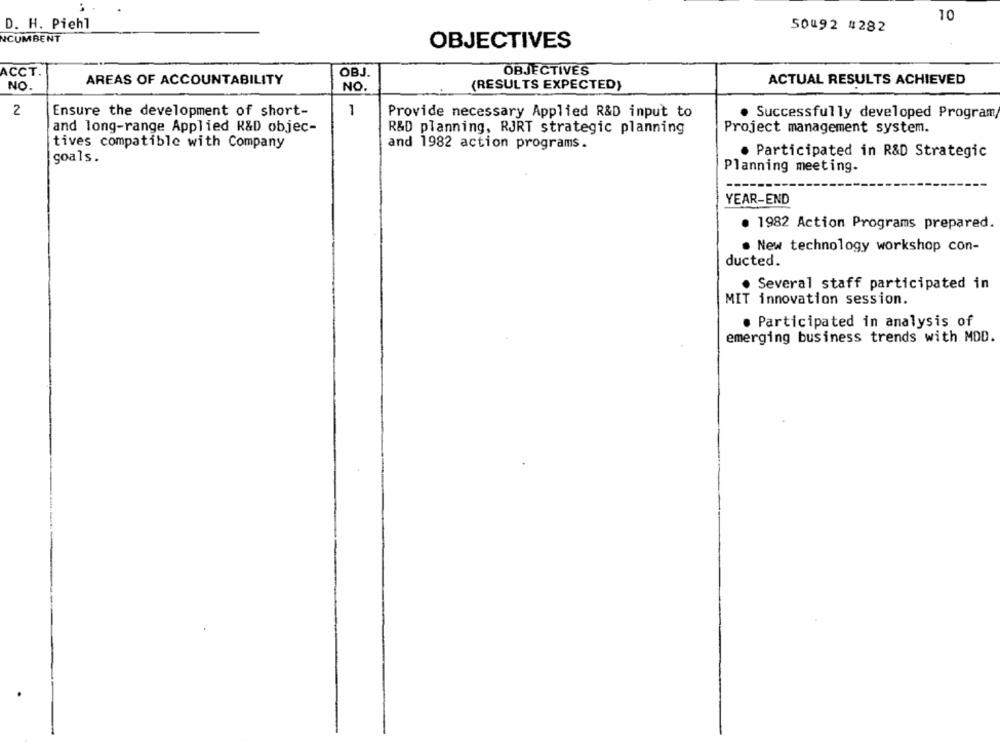
10
D. H. Piehl
50092 #282
NCUMBENT
OBJECTIVES
ACCT.
OBJ.
OBJECTIVES
AREAS OF ACCOUNTABILITY
ACTUAL RESULTS ACHIEVED
NO.
NO.
(RESULTS EXPECTED}
2
Ensure the development of short-
1
Provide necessary Applied R&D input to
· Successfully developed Program
and long-range Applied R&D objec-
R&D planning, RJRT strategic planning
Project management system.
tives compatible with Company
and 1982 action programs.
· Participated in R&D Strategic
goals.
Planning meeting-
YEAR-END
. 1982 Action Programs prepared.
. New technology workshop con-
ducted.
Several staff participated in
MIT innovation session.
· Participated in analysis of
emerging business trends with MOD.